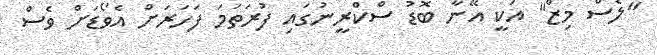
"ލެސް މިޒް" އަކީ އޭނާ ބޮޑު ސްކްރީނުގައި ފުރަތަމަ ފަހަރަށް އެވޯޑަށް ވެސް